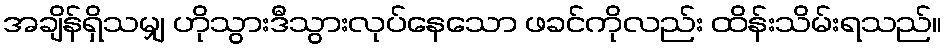
အချိန်ရှိသမျှ ဟိုသွားဒီသွားလုပ်နေသော ဖခင်ကိုလည်း ထိန်းသိမ်းရသည်။